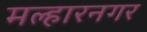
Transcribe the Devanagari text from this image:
मल्हारनगर